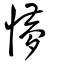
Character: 懜